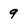
Character: 9